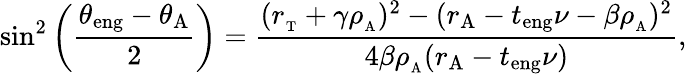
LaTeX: \sin^{2}\bigg(\frac{\theta_{\mathrm{eng}}-\theta_{\mathrm{A}}}{2}\bigg)=\frac{(r_{_\mathrm{T}}+\gamma\rho_{_\mathrm{A}})^{2}-(r_{\mathrm{A}}-t_{\mathrm{eng}}\nu-\beta\rho_{_\mathrm{A}})^{2}}{4\beta\rho_{_\mathrm{A}}(r_{\mathrm{A}}-t_{\mathrm{eng}}\nu)},